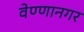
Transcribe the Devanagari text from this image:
वेण्णानगर